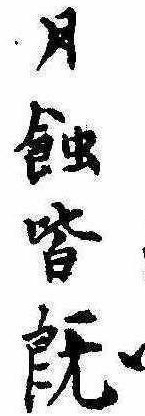
月蝕皆既